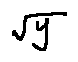
\sqrt { y }